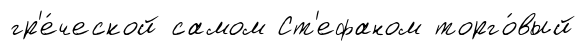
гр'е́ческой самом Ст'ефаном торго́вый